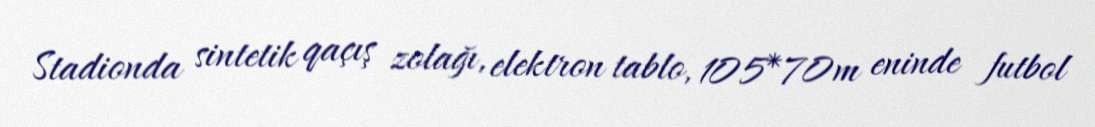
Stadionda sintetik qaçış zolağı, elektron tablo, 105*70m eninde futbol